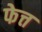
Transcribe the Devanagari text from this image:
फेत्त